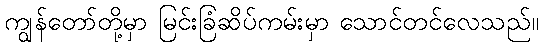
ကျွန်တော်တို့မှာ မြင်းခြံဆိပ်ကမ်းမှာ သောင်တင်လေသည်။